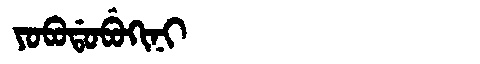
Manchu: ᠶᠣᠪᠣᡩᠣᠪᡠᡴᡳᠨᡳ
Romanization: YOBODOBUKINI